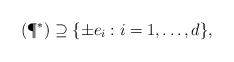
LaTeX: \begin{align*}(\P^\ast)\supseteq \{\pm e_i: i=1, \dots, d\},\end{align*}